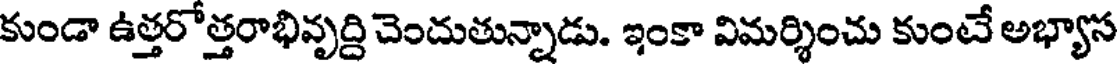
కుండా ఉత్తరోత్తరాభివృద్ది చెందుతున్నాడు. ఇంకా విమర్శించు కుంటే అభ్యాస